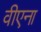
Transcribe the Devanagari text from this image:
वीएना